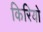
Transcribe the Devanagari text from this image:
किरियो